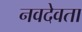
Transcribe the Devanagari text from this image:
नवदेवता